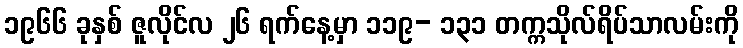
၁၉၆၆ ခုနှစ် ဇူလိုင်လ ၂၆ ရက်နေ့မှာ ၁၁၉- ၁၃၁ တက္ကသိုလ်ရိပ်သာလမ်းကို